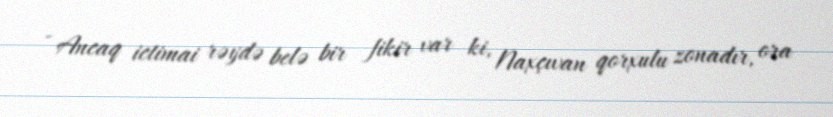
- Ancaq ictimai rəydə belə bir fikir var ki, Naxçıvan qorxulu zonadır, ora